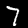
Label: 7